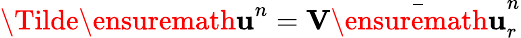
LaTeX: \Tilde{\ensuremath{\mathbf{u}}}^{n}=\mathbf{V}\bar{\ensuremath{\mathbf{u}}}_{r}^{n}